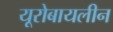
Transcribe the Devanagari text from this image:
यूरोबायलीन